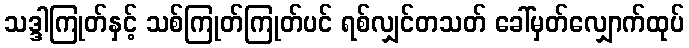
သဒ္ဒါကြုတ်နှင့် သစ်ကြုတ်ကြုတ်ပင် ရစ်လျှင်တသတ် ခေါ်မှတ်လျှောက်ထုပ်